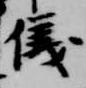
儀